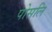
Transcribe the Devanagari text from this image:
पोसलि